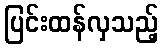
ပြင်းထန်လှသည့်